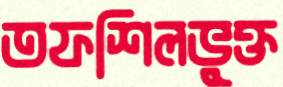
তফশিলভুক্ত